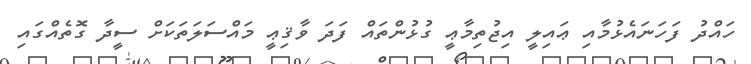
ހައްދު ފަހަނައެޅުމާއި ޢައިލީ އިޖުތިމާޢީ ގުޅުންތައް ފަދަ ވާޤިޢީ މައްސަލަތަކަށް ސީދާ ގޮތެއްގައި